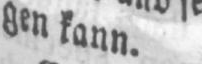
gen kann.